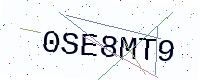
Text: 0SE8MT9